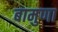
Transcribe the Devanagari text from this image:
बामुणा